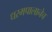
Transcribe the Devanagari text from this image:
धरमपालानेच